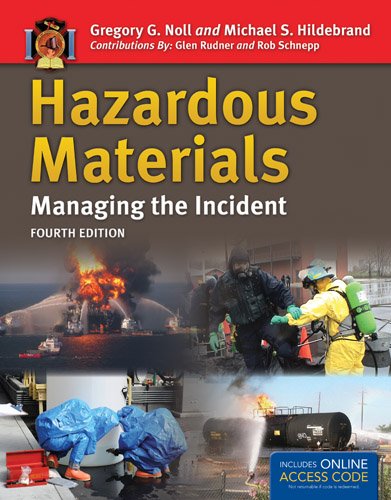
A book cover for Hazardous Materials: Managing The Incident; Gregory G. Noll; Medical Books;